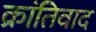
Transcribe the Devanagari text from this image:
क्रांतिवाद